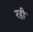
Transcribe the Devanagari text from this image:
रही